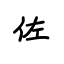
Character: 佐